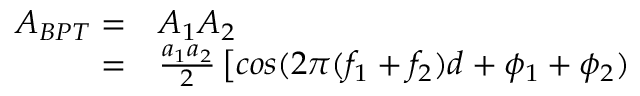
\begin{array} { r l } { A _ { B P T } = } & { { } A _ { 1 } A _ { 2 } } \\ { = } & { { } \frac { a _ { 1 } a _ { 2 } } { 2 } \left[ c o s ( 2 \pi ( f _ { 1 } + f _ { 2 } ) d + \phi _ { 1 } + \phi _ { 2 } ) \right. } \end{array}